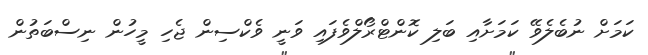
ކަމަށް ނުބެލެވޭ ކަމަށާއި ބަލި ކޮންޓްރޯލްވެފައި ވަނީ ވެކްސިން ޖެހި މީހުން ނިސްބަތުން